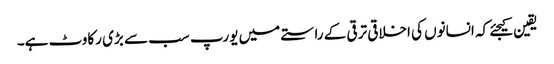
یقین کیجئے کہ انسانوں کی اخلاقی ترقی کے راستے میں یورپ سب سے بڑی رکاوٹ ہے۔